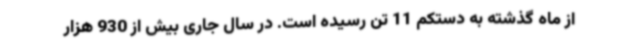
از ماه گذشته به دستکم 11 تن رسیده است. در سال جاری بیش از 930 هزار